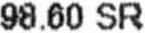
98.60 SR